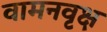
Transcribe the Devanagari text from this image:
वामनवृक्ष